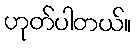
ဟုတ်ပါတယ်။